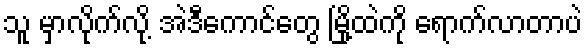
သူ မှာလိုက်လို့ အဲဒီကောင်တွေ မြို့ထဲကို ရောက်လာတာပဲ